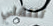
تنتقلي